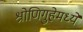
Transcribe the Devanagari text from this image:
श्रोणिगुहेमध्ये